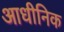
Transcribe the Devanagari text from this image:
आधीनिक